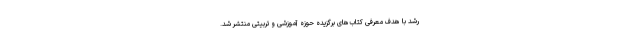
رشد با هدف معرفی کتاب‌های برگزیده حوزه آموزشی و تربیتی منتشر شد.